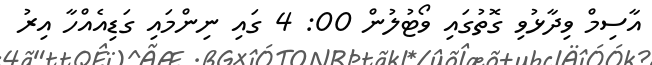
އާސިމް ވިދާޅުވި ގޮތުގައި ވޯޓުލުން 00: 4 ގައި ނިންމައި ގަޑިއެއްހާ އިރު